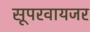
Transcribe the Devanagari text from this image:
सूपरवायजर